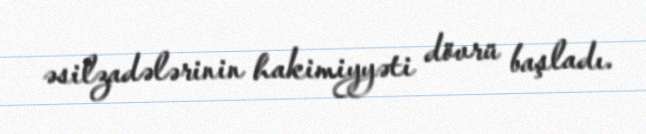
əsilzadələrinin hakimiyyəti dövrü başladı.